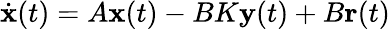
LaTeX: {\dot{\mathbf{x}}}(t)=A\mathbf{x}(t)-BK\mathbf{y}(t)+B\mathbf{r}(t)